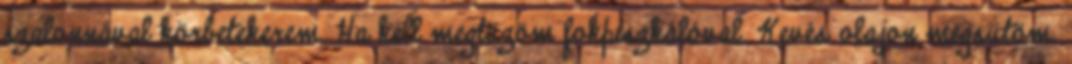
szalonnával körbetekerem. Ha kell megtüzöm fokpiszkálóval. Kevés olajon megsütöm.